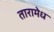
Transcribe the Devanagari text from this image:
तारामेध